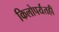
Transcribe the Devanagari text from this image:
किलोपर्यंतही